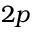
2 p